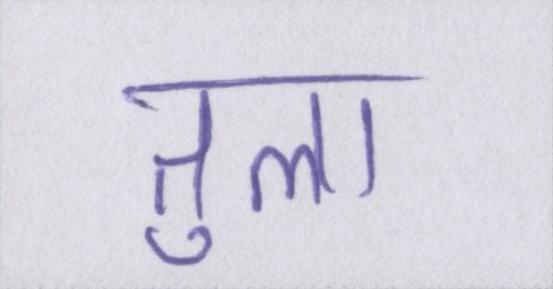
तुला